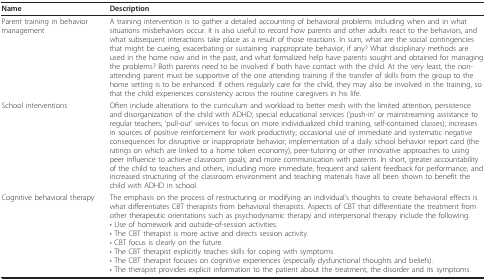
<table><thead><tr><td><b>Name</b></td><td><b>Description</b></td></tr></thead><tbody><tr><td>Parent training in behavior management</td><td>A training intervention is to gather a detailed accounting of behavioral problems including when and in what situations misbehaviors occur. It is also useful to record how parents and other adults react to the behaviors, and what subsequent interactions take place as a result of those reactions. In sum, what are the social contingencies that might be cueing, exacerbating or sustaining inappropriate behavior, if any? What disciplinary methods are used in the home now and in the past, and what formalized help have parents sought and obtained for managing the problems? Both parents need to be involved if both have contact with the child. At the very least, the non-attending parent must be supportive of the one attending training if the transfer of skills from the group to the home setting is to be enhanced. If others regularly care for the child, they may also be involved in the training, so that the child experiences consistency across the routine caregivers in his life.</td></tr><tr><td>School interventions</td><td>Often include alterations to the curriculum and workload to better mesh with the limited attention, persistence and disorganization of the child with ADHD; special educational services (&#x27;push-in&#x27; or mainstreaming assistance to regular teachers; &#x27;pull-out&#x27; services to focus on more individualized child training, self-contained classes); increases in sources of positive reinforcement for work productivity; occasional use of immediate and systematic negative consequences for disruptive or inappropriate behavior; implementation of a daily school behavior report card (the ratings on which are linked to a home token economy), peer-tutoring or other innovative approaches to using peer influence to achieve classroom goals; and more communication with parents. In short, greater accountability of the child to teachers and others, including more immediate, frequent and salient feedback for performance, and increased structuring of the classroom environment and teaching materials have all been shown to benefit the child with ADHD in school.</td></tr><tr><td>Cognitive behavioral therapy</td><td>The emphasis on the process of restructuring or modifying an individual&#x27;s thoughts to create behavioral effects is what differentiates CBT therapists from behavioral therapists. Aspects of CBT that differentiate the treatment from other therapeutic orientations such as psychodynamic therapy and interpersonal therapy include the following.• Use of homework and outside-of-session activities.• The CBT therapist is more active and directs session activity.• CBT focus is clearly on the future.• The CBT therapist explicitly teaches skills for coping with symptoms.• The CBT therapist focuses on cognitive experiences (especially dysfunctional thoughts and beliefs).• The therapist provides explicit information to the patient about the treatment, the disorder and its symptoms.</td></tr></tbody></table>